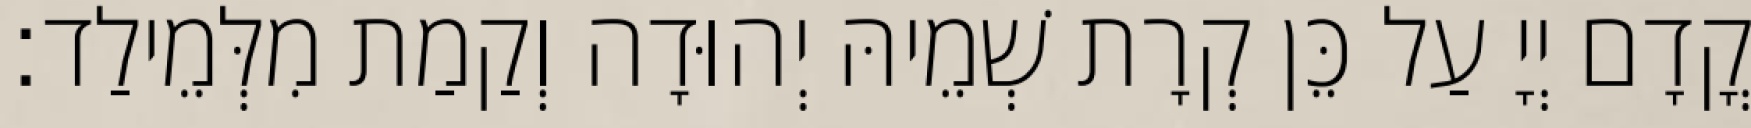
קֳדָם יְיָ עַל כֵּן קְרָת שְׁמֵיהּ יְהוּדָה וְקַמַת מִלְּמֵילַד׃